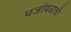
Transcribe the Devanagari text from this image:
पर्जायवाची